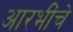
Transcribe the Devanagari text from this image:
आरभींचे